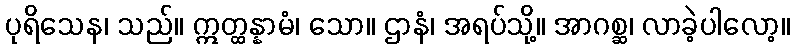
ပုရိသေန၊ သည်။ ဣတ္ထန္နာမံ၊ သော။ ဌာနံ၊ အရပ်သို့။ အာဂစ္ဆ၊ လာခဲ့ပါလော့။